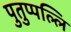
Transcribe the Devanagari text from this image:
पुतुप्पल्लि